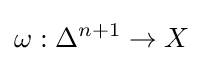
\omega :\Delta ^{n+1}\to X